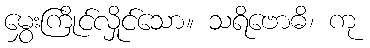
မွှေးကြိုင်လှိုင်သော။ သရိဗောဓိ၊ ကု